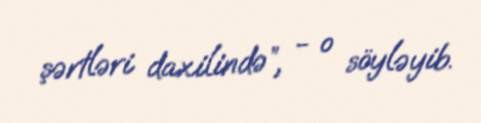
şərtləri daxilində”, - o söyləyib.